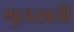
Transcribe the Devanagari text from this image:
मुलखती